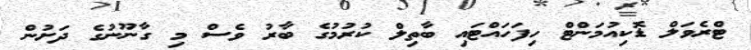
ޓްރެވަލް ޑޮކިއުމަންޓް ހިފަހައްޓައި ބާތިލް ކުރުމުގެ ބާރު ވެސް މި ގާނޫނުގެ ދަށުން